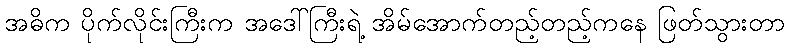
အဓိက ပိုက်လိုင်းကြီးက အဒေါ်ကြီးရဲ့ အိမ်အောက်တည့်တည့်ကနေ ဖြတ်သွားတာ